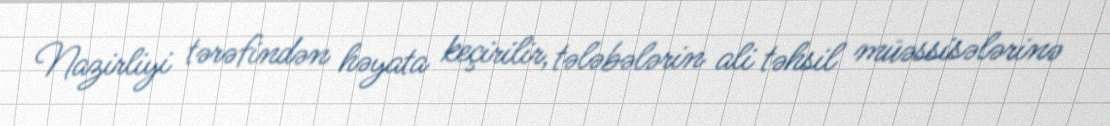
Nazirliyi tərəfindən həyata keçirilir, tələbələrin ali təhsil müəssisələrinə